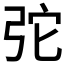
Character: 𢏋